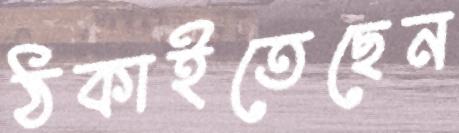
ঠকাইতেছেন